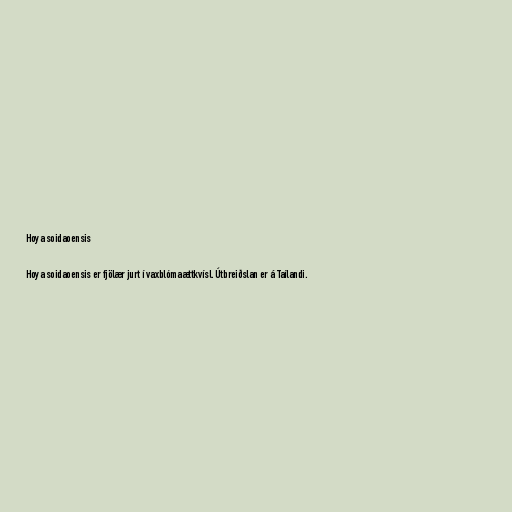
Hoya soidaoensis

Hoya soidaoensis er fjölær jurt í vaxblómaættkvísl. Útbreiðslan er á Taílandi.